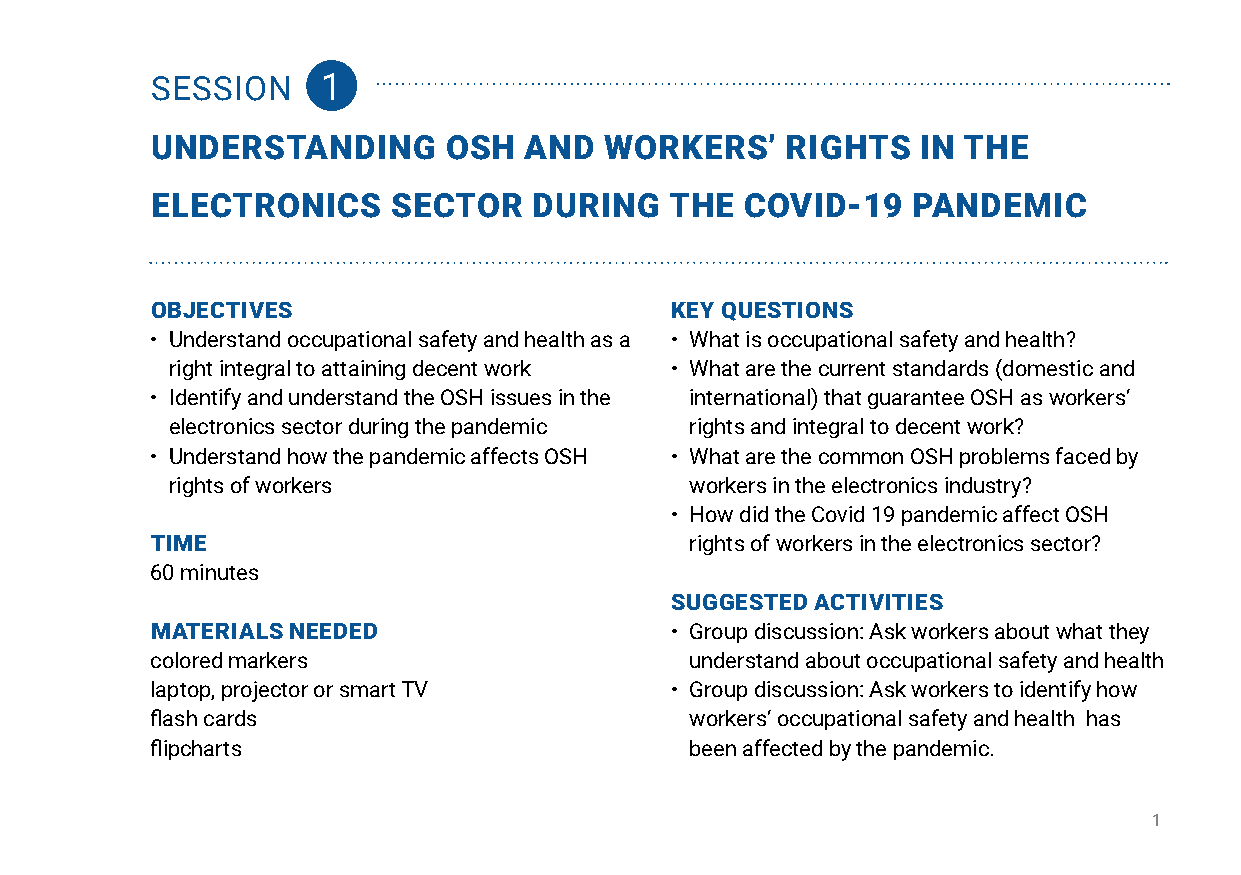
SESSION    1
 underStanding      oSH   and  WorkerS’    rigHtS   in tHe
 eleCtroniCS     SeCtor   during   tHe  Covid-19   pandemiC
 oBjeCtiveS                        key queStionS
 • Understand occupational safety and health as a • What is occupational safety and health?
 right integral to attaining decent work • What are the current standards (domestic and
 • Identify and understand the OSH issues in the international) that guarantee OSH as workers’
 electronics sector during the pandemic rights and integral to decent work?
 • Understand how the pandemic affects OSH • What are the common OSH problems faced by
 rights of workers                  workers in the electronics industry?
 • How did the Covid 19 pandemic affect OSH
 time                                rights of workers in the electronics sector?
 60 minutes
 SuggeSted aCtivitieS
 materialS needed                  • Group discussion: Ask workers about what they
 colored markers                     understand about occupational safety and health
 laptop, projector or smart TV     • Group discussion: Ask workers to identify how
 flash cards                         workers’ occupational safety and health has
 flipcharts                          been affected by the pandemic.
 1